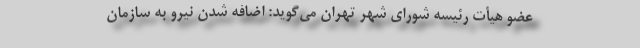
عضو هیأت رئیسه شورای شهر تهران می‌گوید: اضافه شدن نیرو به سازمان